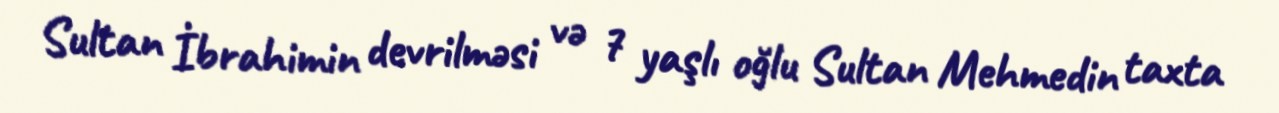
Sultan İbrahimin devrilməsi və 7 yaşlı oğlu Sultan Mehmedin taxta